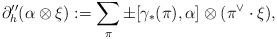
\begin{align*}\partial''_h(\alpha\otimes\xi) := \sum_{\pi}\pm[\gamma_*(\pi),\alpha]\otimes(\pi^{\vee}\cdot\xi),\end{align*}